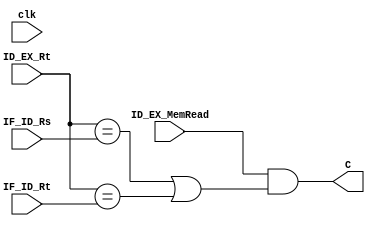
module LoadUse(clk,C,
					ID_EX_MemRead,
					ID_EX_Rt,
					IF_ID_Rs,
					IF_ID_Rt);
input clk;
input ID_EX_MemRead;
input [4:0]ID_EX_Rt;
input [4:0]IF_ID_Rs;
input [4:0]IF_ID_Rt;

output C;
assign C=(ID_EX_MemRead) && ((ID_EX_Rt==IF_ID_Rs) || (ID_EX_Rt==IF_ID_Rt));
/*
always@(posedge clk)
begin
	C=(ID_EX_MemRead) && ((ID_EX_Rt==IF_ID_Rs) || (ID_EX_Rt==IF_ID_Rt));
end*/
endmodule